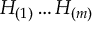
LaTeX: H _ { ( 1 ) } \ldots H _ { ( m ) }